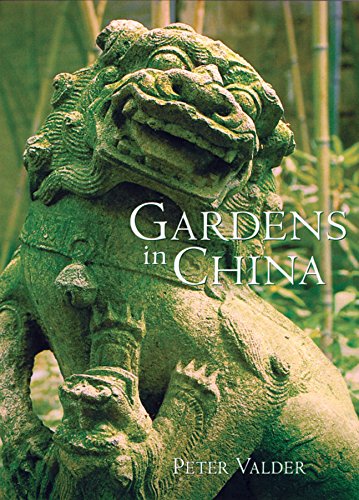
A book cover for Gardens in China; Peter Valder; Crafts, Hobbies & Home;